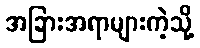
အခြားအရာများကဲ့သို့